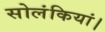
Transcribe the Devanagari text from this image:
सोलंकियां।